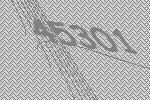
45301